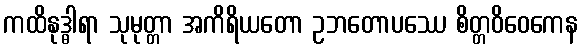
ကထိနုဒ္ဓါရာ သုမုတ္တာ အကိရိယတော ဥဘတောပဿေ စိတ္တဝိဝေကေန